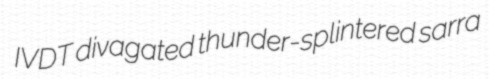
IVDT divagated thunder-splintered sarra